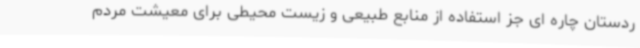
ردستان چاره ای جز استفاده از منابع طبیعی و زیست محیطی برای معیشت مردم